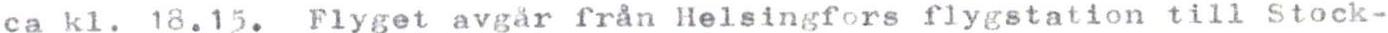
ca kl. 18.15. Flyget avgår från Helsingfors flygstation till Stock-